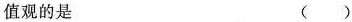
值观的是（）